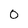
Character: 0